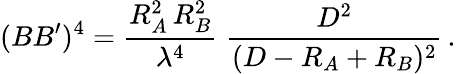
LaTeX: (BB^{\prime})^{4}={\frac{R_{A}^{2}\, R_{B}^{2}}{\lambda^{4}}}\; {\frac{D^{2}}{(D-R_{A}+R_{B})^{2}}}\, .